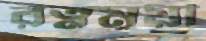
রত্নময়ী